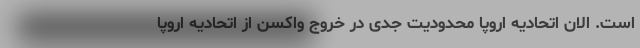
است. الان اتحادیه اروپا محدودیت جدی در خروج واکسن از اتحادیه اروپا